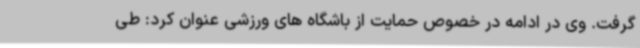
گرفت. وی در ادامه در خصوص حمایت از باشگاه های ورزشی عنوان کرد: طی